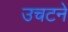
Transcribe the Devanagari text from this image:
उचटने